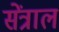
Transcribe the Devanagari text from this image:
सेंत्राल